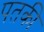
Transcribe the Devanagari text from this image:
पतकी